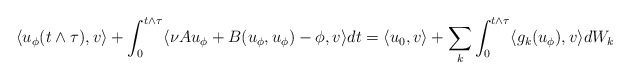
\begin{align*}\langle u_\phi(t \wedge \tau), v \rangle + \int_0^{t \wedge \tau} \langle \nu Au_\phi + B(u_\phi,u_\phi) - \phi, v \rangle dt = \langle u_0,v\rangle + \sum_k\int_0^{t \wedge \tau} \langle g_k(u_\phi),v \rangle dW_k\end{align*}